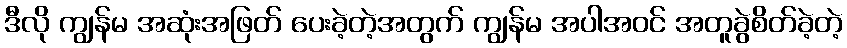
ဒီလို ကျွန်မ အဆုံးအဖြတ် ပေးခဲ့တဲ့အတွက် ကျွန်မ အပါအဝင် အတူခွဲစိတ်ခဲ့တဲ့